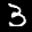
Label: 3